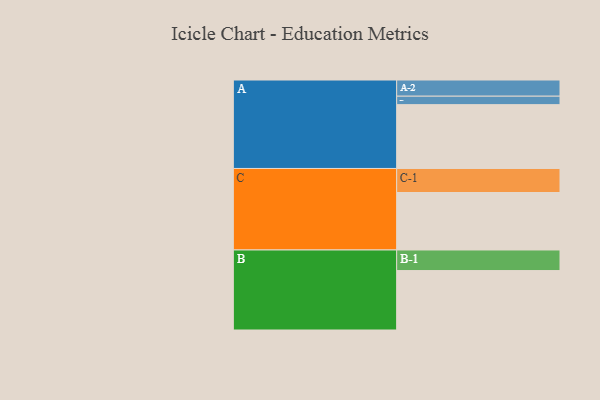
{"axis": {"x": "Segment", "y": "Value"}, "legend": ["", "A", "B", "C"], "data": [{"x": "A", "y": 521, "type": ""}, {"x": "B", "y": 485, "type": ""}, {"x": "C", "y": 469, "type": ""}, {"x": "A-1", "y": 69, "type": "A"}, {"x": "A-2", "y": 132, "type": "A"}, {"x": "B-1", "y": 168, "type": "B"}, {"x": "C-1", "y": 196, "type": "C"}]}